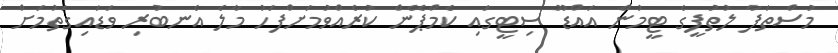
މުސްތަފާ ލުތުފީގެ ޓީމުން އައްޑޫ ސިޓީގައި ކެމްޕޭން ކުރެއްވުމަށްފަހު މާލެ އެނބުރި ވަޑައިގަތުމަށް